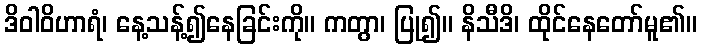
ဒိဝါဝိဟာရံ၊ နေ့သန့်၍နေခြင်းကို။ ကတွာ၊ ပြု၍။ နိသီဒိ၊ ထိုင်နေတော်မူ၏။